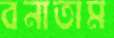
বনাতাম